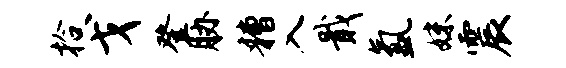
拾戈登胁糟入戢氲妹震